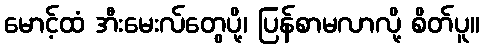
မောင့်ထံ အီးမေးလ်တွေပို့၊ ပြန်စာမလာလို့ စိတ်ပူ။